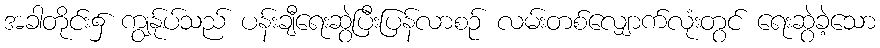
အခါတိုင်း၌ ကျွန်ုပ်သည် ပန်းချီရေးဆွဲပြီးပြန်လာစဉ် လမ်းတစ်လျှောက်လုံးတွင် ရေးဆွဲခဲ့သော